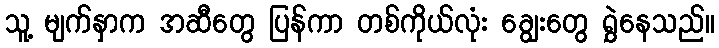
သူ့ မျက်နှာက အဆီတွေ ပြန်ကာ တစ်ကိုယ်လုံး ချွေးတွေ ရွှဲနေသည်။